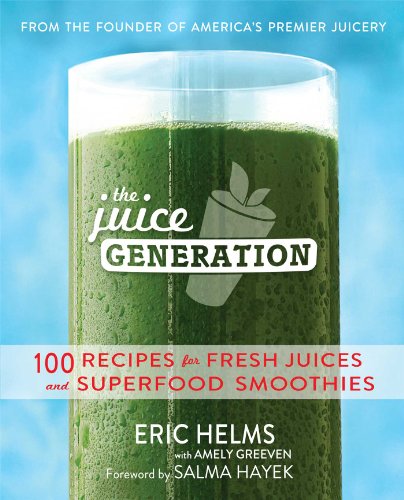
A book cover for The Juice Generation: 100 Recipes for Fresh Juices and Superfood Smoothies; Eric Helms; Cookbooks, Food & Wine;